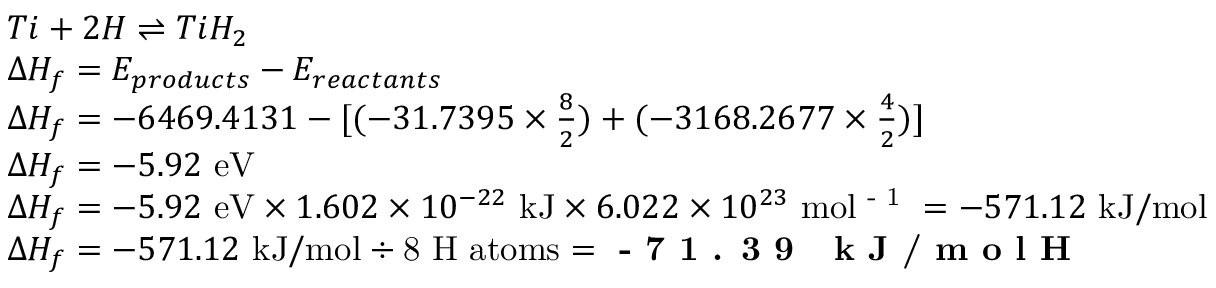
\begin{array} { r l } & { T i + 2 H \rightleftharpoons T i H _ { 2 } } \\ & { { \Delta } H _ { f } = E _ { p r o d u c t s } - E _ { r e a c t a n t s } } \\ & { { \Delta } H _ { f } = - 6 4 6 9 . 4 1 3 1 - [ ( - 3 1 . 7 3 9 5 \times \frac { 8 } { 2 } ) + ( - 3 1 6 8 . 2 6 7 7 \times \frac { 4 } { 2 } ) ] } \\ & { { \Delta } H _ { f } = - 5 . 9 2 ~ \mathrm { e V } } \\ & { { \Delta } H _ { f } = - 5 . 9 2 ~ \mathrm { e V } \times 1 . 6 0 2 \times 1 0 ^ { - 2 2 } ~ \mathrm { k J } \times 6 . 0 2 2 \times 1 0 ^ { 2 3 } ~ \mathrm { m o l \textsuperscript { - 1 } } = - 5 7 1 . 1 2 ~ \mathrm { k J / m o l } } \\ & { { \Delta } H _ { f } = - 5 7 1 . 1 2 ~ \mathrm { k J / m o l } \div \mathrm { 8 ~ H ~ a t o m s } = \textbf { - 7 1 . 3 9 ~ k J / m o l H } } \end{array}